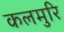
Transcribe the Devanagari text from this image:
कलमुरि